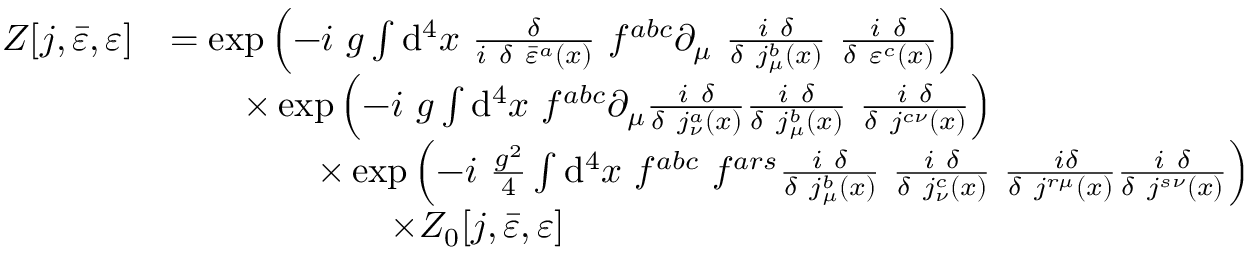
{ \begin{array} { r l } { Z [ j , { \bar { \varepsilon } } , \varepsilon ] } & { = \exp \left( - i \ g \int \mathrm { d } ^ { 4 } x \ { \frac { \delta } { i \ \delta \ { \bar { \varepsilon } } ^ { a } ( x ) } } \ f ^ { a b c } \partial _ { \mu } \ { \frac { i \ \delta } { \delta \ j _ { \mu } ^ { b } ( x ) } } \ { \frac { i \ \delta } { \delta \ \varepsilon ^ { c } ( x ) } } \right) } \\ & { \qquad \times \exp \left( - i \ g \int \mathrm { d } ^ { 4 } x \ f ^ { a b c } \partial _ { \mu } { \frac { i \ \delta } { \delta \ j _ { \nu } ^ { a } ( x ) } } { \frac { i \ \delta } { \delta \ j _ { \mu } ^ { b } ( x ) } } \ { \frac { i \ \delta } { \delta \ j ^ { c \nu } ( x ) } } \right) } \\ & { \qquad \qquad \times \exp \left( - i \ { \frac { g ^ { 2 } } { 4 } } \int \mathrm { d } ^ { 4 } x \ f ^ { a b c } \ f ^ { a r s } { \frac { i \ \delta } { \delta \ j _ { \mu } ^ { b } ( x ) } } \ { \frac { i \ \delta } { \delta \ j _ { \nu } ^ { c } ( x ) } } \ { \frac { \ i \delta } { \delta \ j ^ { r \mu } ( x ) } } { \frac { i \ \delta } { \delta \ j ^ { s \nu } ( x ) } } \right) } \\ & { \qquad \qquad \qquad \times Z _ { 0 } [ j , { \bar { \varepsilon } } , \varepsilon ] } \end{array} }